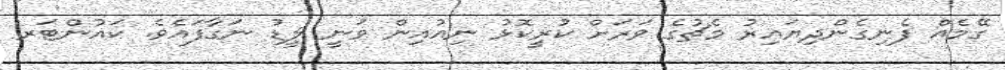
ގޭމެއް ފެނިގެންދިޔައިރު މެޗުގެ ވަރަށް ކުރީކޮޅު ނިއުއިން ވަނީ ލީޑު ނަގާފައެވެ. ކައުންޓަރ